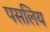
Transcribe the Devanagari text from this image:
पसलिय